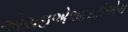
એચઇએઆરટીએચ